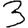
Digit: 3